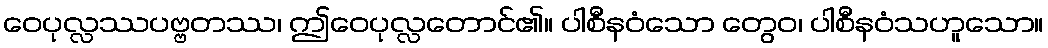
ဝေပုလ္လဿပဗ္ဗတဿ၊ ဤဝေပုလ္လတောင်၏။ ပါစီနဝံသော တွေဝ၊ ပါစီနဝံသဟူသော။